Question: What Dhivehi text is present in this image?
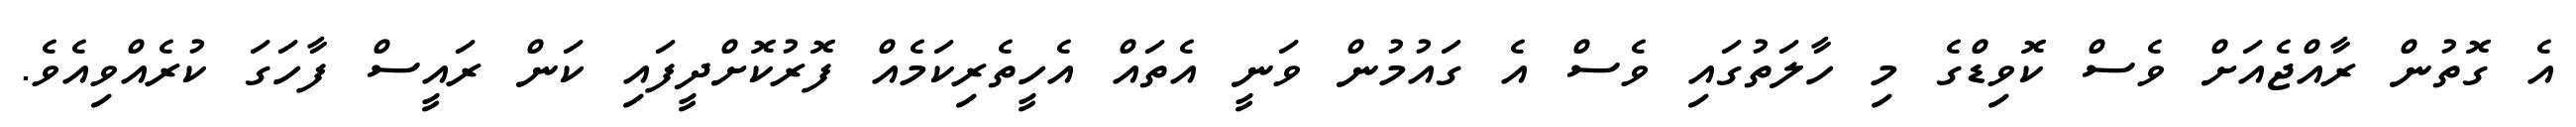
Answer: އެ ގޮތުން ރާއްޖެއަށް ވެސް ކޮވިޑްގެ މި ހާލަތުގައި ވެސް އެ ގައުމުން ވަނީ އެތައް އެހީތެރިކަމެއް ފޮރުކޮށްދީފައި ކަން ރައީސް ފާހަގަ ކުރެއްވިއެވެ.